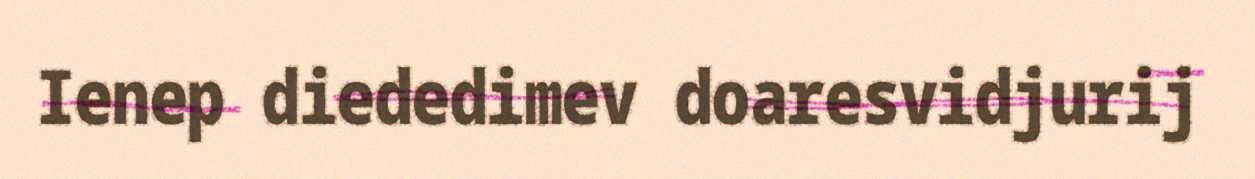
Ienep diededimev doaresvidjurij